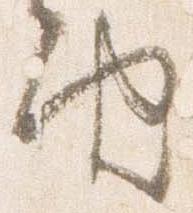
由